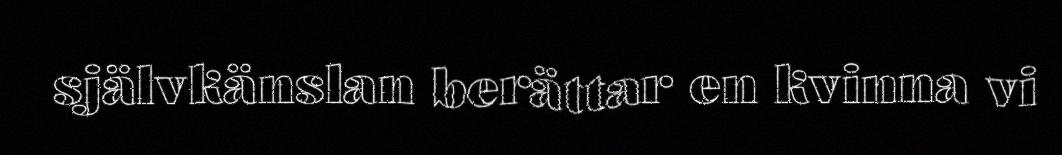
självkänslan berättar en kvinna vi